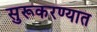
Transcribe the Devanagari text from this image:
सुरूकरण्यात